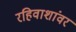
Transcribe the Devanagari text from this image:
रहिवाशांवर